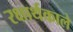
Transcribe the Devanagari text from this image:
रक्षार्थकाले